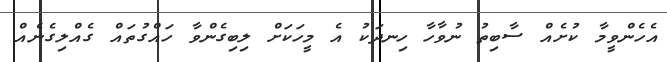
އެހެންވީމާ ކުށެއް ސާބިތު ނުވާހާ ހިނދަކު އެ މީހަކަށް ލިބިގެންވާ ހައްގުތައް ގެއްލިގެނެއް